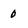
Character: 0